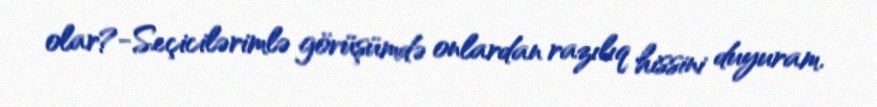
olar?-Seçicilərimlə görüşümdə onlardan razılıq hissini duyuram.